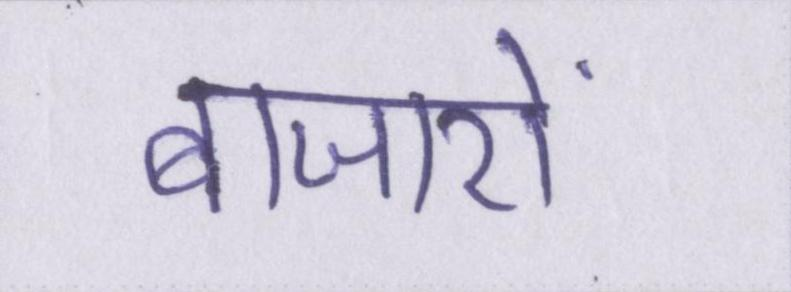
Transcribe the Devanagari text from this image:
बाजारों